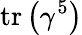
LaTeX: \operatorname{tr}\left(\gamma^{5}\right)